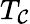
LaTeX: T_{\mathcal{C}}